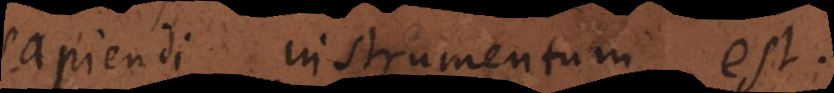
sapiendi instrumentum est.